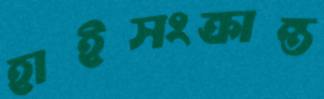
হাইসংক্রান্ত